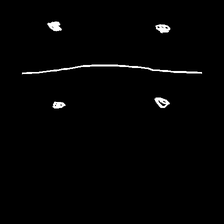
Glyph: cool